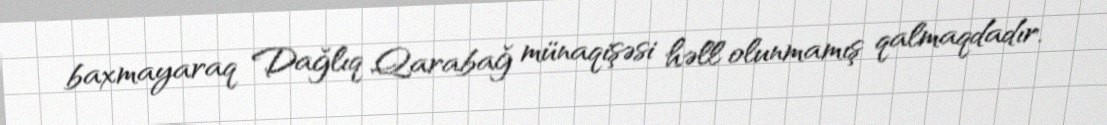
baxmayaraq Dağlıq Qarabağ münaqişəsi həll olunmamış qalmaqdadır.